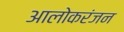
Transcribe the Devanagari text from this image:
आलोकरंजन